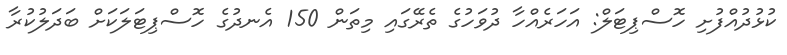
ކުޅުދުއްފުށި ހޮސްޕިޓަލް: އަހަރެއްހާ ދުވަހުގެ ތެރޭގައި މިތަން 150 އެނދުގެ ހޮސްޕިޓަލަކަށް ބަދަލުކުރާ